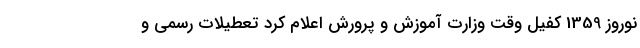
نوروز 1359 کفیل وقت وزارت آموزش و پرورش اعلام کرد تعطیلات رسمی و